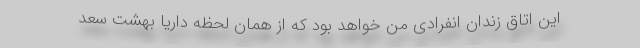
این اتاق زندان انفرادی من خواهد بود که از همان لحظه داریا بهشت سعد